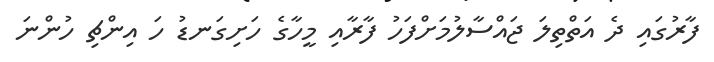
ފާރުގައި ދެ އަތްތިލަ ޖައްސާލުމަށްފަހު ފާރާއި މީހާގެ ހަށިގަނޑު ހަ އިންޗި ހުންނަ